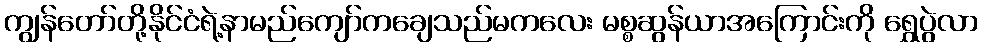
ကျွန်တော်တို့နိုင်ငံရဲ့နာမည်ကျော်ကချေသည်မကလေး မစ္စဆွန်ယာအကြောင်းကို ရွှေပွဲလာ